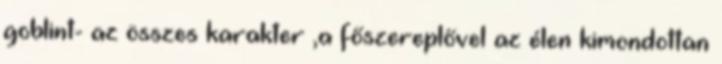
goblint- az összes karakter ,a főszereplővel az élen kimondottan